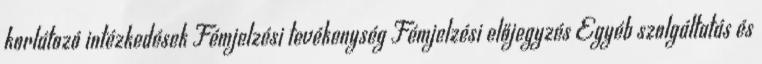
korlátozó intézkedések Fémjelzési tevékenység Fémjelzési előjegyzés Egyéb szolgáltatás és